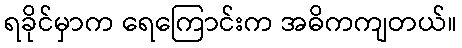
ရခိုင်မှာက ရေကြောင်းက အဓိကကျတယ်။